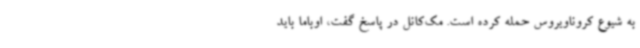
به شیوع کروناویروس حمله کرده است. مک‌کانل در پاسخ گفت، اوباما باید